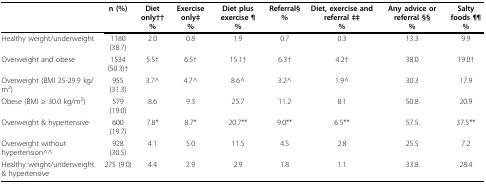
|  | n (%) | Diet only††% | Exercise only‡% | Diet plus exercise ¶% | Referral§% | Diet, exercise and referral ‡‡% | Any advice or referral §§% | Salty foods ¶¶% |
 | --- | --- | --- | --- | --- | --- | --- | --- | --- |
 | Healthy weight/underweight | 1180 (38.7) | 2.0 | 0.8 | 1.9 | 0.7 | 0.3 | 13.3 | 9.9 |
 | Overweight and obese | 1534 (50.3)† | 5.5† | 6.5† | 15.1† | 6.3† | 4.2† | 38.0 | 19.0† |
 | Overweight (BMI 25-29.9 kg/m2) | 955 (31.3) | 3.7^ | 4.7^ | 8.6^ | 3.2^ | 1.9^ | 30.3 | 17.9 |
 | Obese (BMI ≥ 30.0 kg/m2) | 579 (19.0) | 8.6 | 9.3 | 25.7 | 11.2 | 8.1 | 50.8 | 20.9 |
 | Overweight & hypertensive | 600 (19.7) | 7.8* | 8.7* | 20.7** | 9.0** | 6.5** | 57.5 | 37.5** |
 | Overweight without hypertension^^ | 928 (30.5) | 4.1 | 5.0 | 11.5 | 4.5 | 2.8 | 25.5 | 7.2 |
 | Healthy weight/underweight & hypertensive | 275 (9.0) | 4.4 | 2.9 | 2.9 | 1.8 | 1.1 | 33.8 | 28.4 |